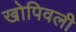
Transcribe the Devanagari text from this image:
खोपिवली